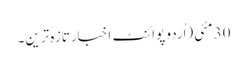
30 مئی(اُردو پوائنٹ اخبارتازہ ترین۔